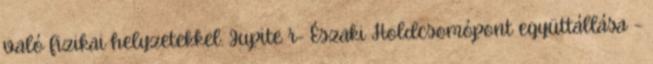
való fizikai helyzetekkel. Jupite r- Északi Holdcsomópont együttállása –